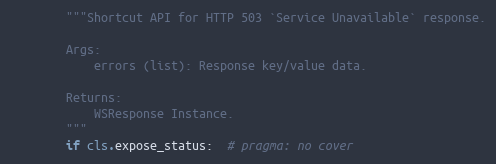
Language: Python
        """Shortcut API for HTTP 503 `Service Unavailable` response.

        Args:
            errors (list): Response key/value data.

        Returns:
            WSResponse Instance.
        """
        if cls.expose_status:  # pragma: no cover